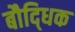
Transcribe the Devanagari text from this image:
बौदि्धक